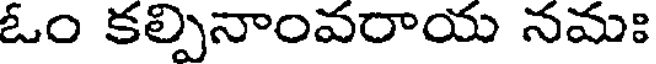
ఓం కల్పినాంవరాయ నమః